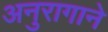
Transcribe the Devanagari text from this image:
अनुरागाने